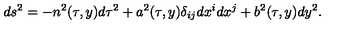
d s ^ { 2 } = - n ^ { 2 } ( \tau , y ) d \tau ^ { 2 } + a ^ { 2 } ( \tau , y ) \delta _ { i j } d x ^ { i } d x ^ { j } + b ^ { 2 } ( \tau , y ) d y ^ { 2 } .